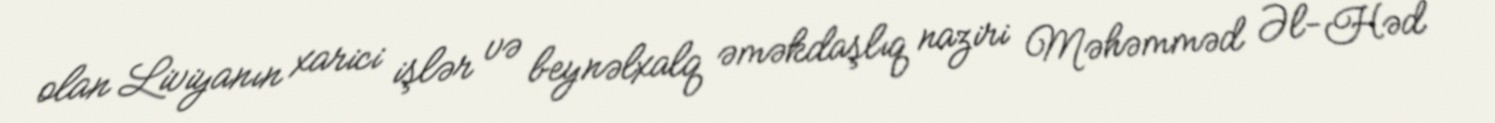
olan Liviyanın xarici işlər və beynəlxalq əməkdaşlıq naziri Məhəmməd Əl-Həd